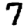
Digit: 7